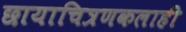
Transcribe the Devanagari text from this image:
छायाचित्रणकलाही